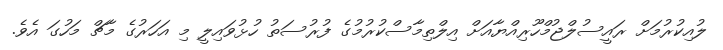
ލުއިކުރުމަށް ރައީސުލްޖުމްހޫރިއްޔާއަށް އިލްތިމާސްކުރުމުގެ ފުރުސަތު ހުޅުވައިލީ މި އަހަރުގެ މާޗް މަހުގަ އެވެ.